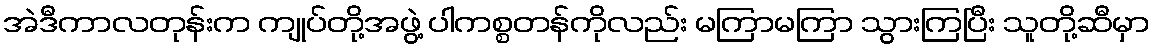
အဲဒီကာလတုန်းက ကျုပ်တို့အဖွဲ့ ပါကစ္စတန်ကိုလည်း မကြာမကြာ သွားကြပြီး သူတို့ဆီမှာ